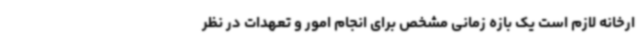
ارخانه لازم است یک بازه زمانی مشخص برای انجام امور و تعهدات در نظر